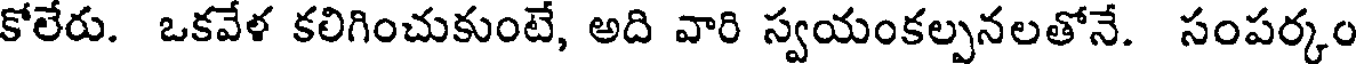
కోలేరు. ఒకవేళ కలిగించుకుంటే, అది వారి స్వయంకల్పనలతోనే. సంపర్కం